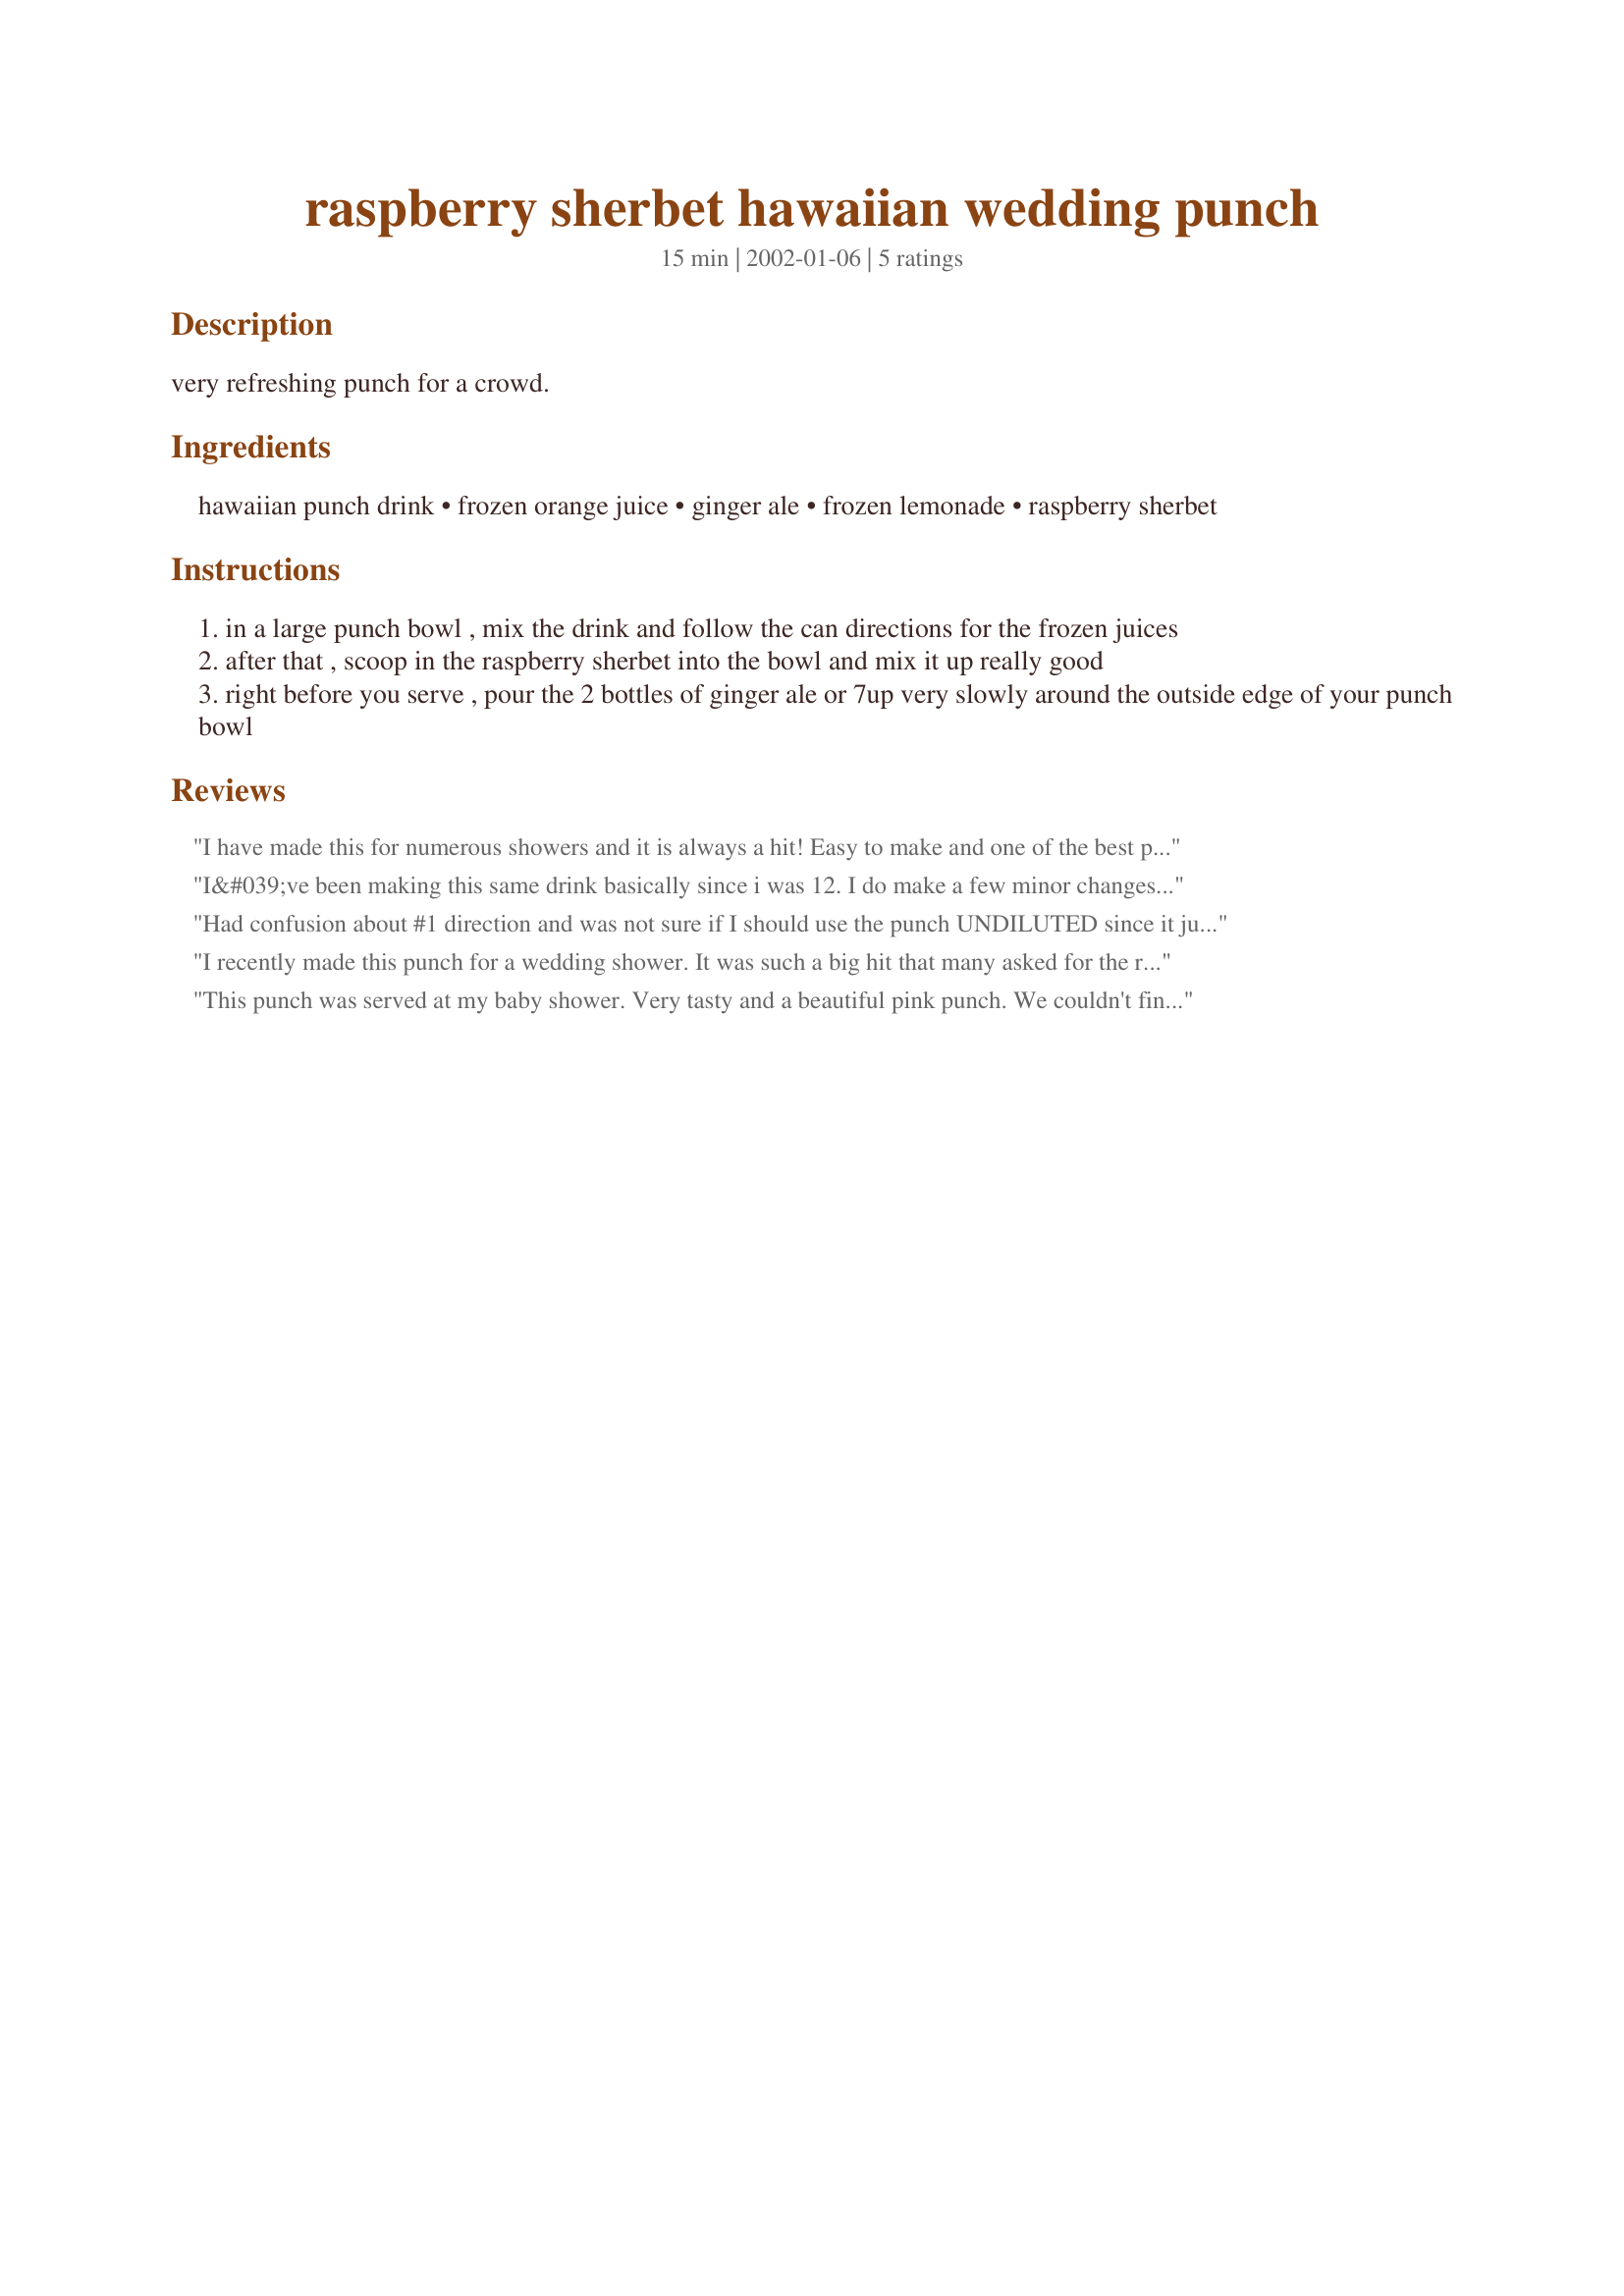
raspberry sherbet hawaiian wedding punch
Preparation time: 15 minutes

very refreshing punch for a crowd.

Ingredients:
hawaiian punch drink, frozen orange juice, ginger ale, frozen lemonade, raspberry sherbet

Steps:
in a large punch bowl , mix the drink and follow the can directions for the frozen juices
after that , scoop in the raspberry sherbet into the bowl and mix it up really good
right before you serve , pour the 2 bottles of ginger ale or 7up very slowly around the outside edge of your punch bowl

Reviews:
I have made this for numerous showers and it is always a hit! Easy to make and one of the best punches I've tasted. You're sure to get compliments and requests for the recipe.
I&#039;ve been making this same drink basically since i was 12. I do make a few minor changes however which I changed for my own taste preference. I don&#039;t like orange juice so I leave that out and I add 1 to 2 cans of fruit cocktail with the syrup drain to the mix. also for adult get together I&#039;ll add some vodka usually about half a quart or so. also sometimes switch out 7up for sprite or sierra mist. This is my favorite drink of all time though. I&#039;m glad it was posted on here.
Had confusion about #1 direction and was not sure if I should use the punch UNDILUTED since it just said to MIX the drink in the bowl and follow the can directions for the juices (adding water) Decided to do just that and was pleased. Punch gave it a great color and juices, especially lemonade, gave it an unexpected zing. Many compliments, but perhaps the recipe can be clarified??? Asked the community for help and got MANY different answers, like add water, don't add water, soda takes place of water, it's self explanatory, etc. Appreciated the help, but did what I thought best in the end....
I recently made this punch for a wedding shower. It was such a big hit that many asked for the recipie. This punch has the right combination so that it is not too sweet and not too tart. Thanks so much!
This punch was served at my baby shower. Very tasty and a beautiful pink punch. We couldn't find frozen hawaiian punch at any of our grocery stores so we used hawaiian punch juice which made it more difficult to figuire out how much to use. Overall, quite good. We added some fresh raspberries to it for a delicate touch.
